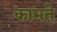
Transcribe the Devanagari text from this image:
कामते